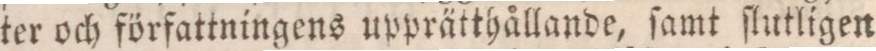
ter och författningens upprätthållande, ſamt ſlutligen